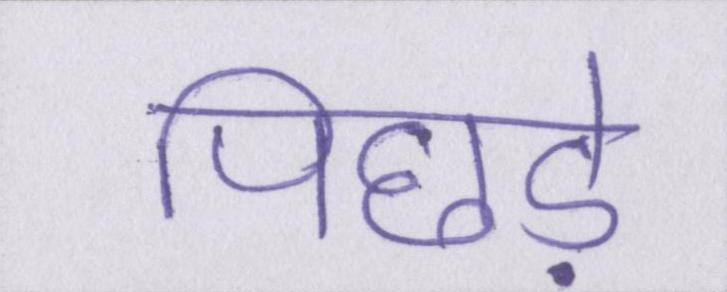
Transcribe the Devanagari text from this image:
पिछड़े